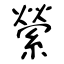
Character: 縈